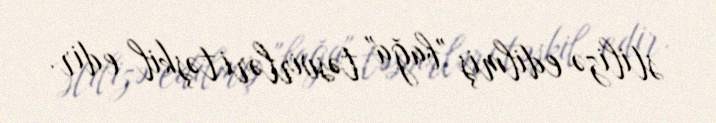
stilizə edilmiş "bağa" təsvirləri təşkil edir.